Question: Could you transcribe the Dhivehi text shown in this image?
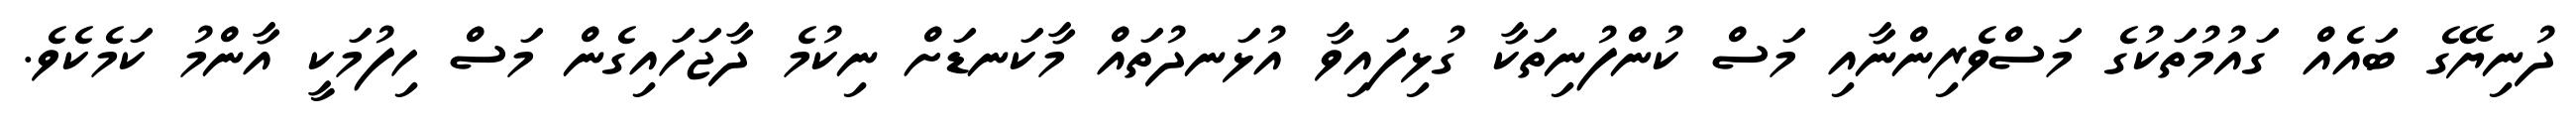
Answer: ދުނިޔޭގެ ބައެއް ގައުމުތަކުގެ މަސްވެރިންނާއި މަސް ކުންފުނިތަކާ ގުޅިފައިވާ އުޅަނދުތައް މާކަނޑަށް ނިކުމެ ދާޖަހައިގެން މަސް ހިފުމަކީ އާންމު ކަމެކެވެ.